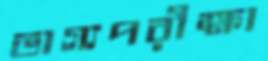
ভাগ্যপরীক্ষা